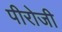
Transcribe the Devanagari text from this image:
पीरोजी